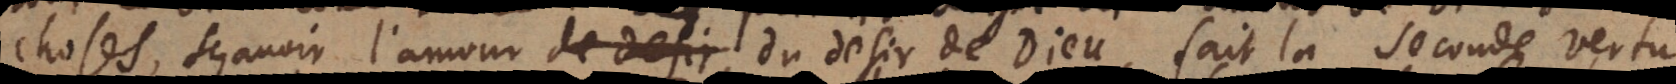
choses, sçavoir l’amour du desir de Dieu, fait la seconde vertu